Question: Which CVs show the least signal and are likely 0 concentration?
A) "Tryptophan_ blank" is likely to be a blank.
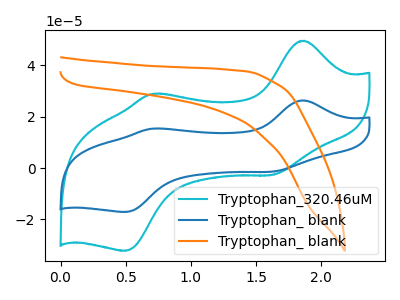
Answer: <think>The cyan curve "Tryptophan_320.46uM" has anodic peaks at (1.85V, 49.50uA) (0.70V, 28.85uA) and cathodic peaks at (1.60V, -2.70uA) (0.50V, -32.15uA). The blue curve "Tryptophan_ blank" has anodic peaks at (1.85V, 26.30uA) (0.70V, 15.30uA) and cathodic peaks at (1.60V, -1.40uA) (0.50V, -17.10uA). The orange curve "Tryptophan_ blank" has no peaks.</think>
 <answer>A) "Tryptophan_ blank" is likely to be a blank.</answer>
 <eval>A</eval>